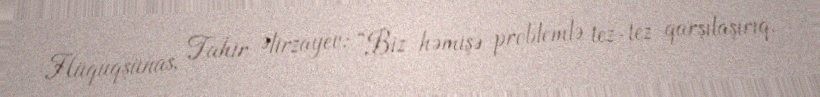
Hüquqşünas, Tahir Əlirzayev: “Biz həmişə problemlə tez-tez qarşılaşırıq.